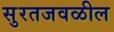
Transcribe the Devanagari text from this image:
सुरतजवळील